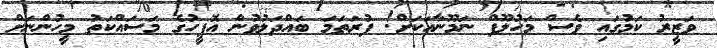
ވަޒީރު ކަމުގައި ވެސް މަހުލޫފް ނަމޫނާއަކަށް! ފުރަތަމަ ބައްދަލުވުން އޮފީހުގެ މަސައްކަތު މީހުންނަށް